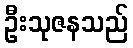
ဦးသုဇနသည်